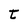
Character: t